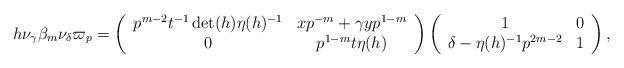
LaTeX: \begin{align*} h \nu_{\gamma} \beta_m \nu_{\delta}\varpi_p = \left(\begin{array}{cc} p^{m-2}t^{-1}\det(h)\eta(h)^{-1} & xp^{-m}+\gamma yp^{1-m} \\ 0 & p^{1-m}t\eta(h) \end{array}\right)\left(\begin{array}{cc} 1 & 0 \\ \delta -\eta(h)^{-1}p^{2m-2} & 1\end{array}\right),\end{align*}